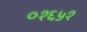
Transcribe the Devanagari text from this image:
०१६५१